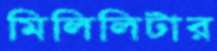
মিলিলিটার